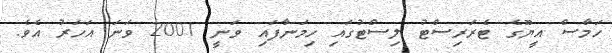
ހަމާސް އީޔޫގެ ޓެރަރިސްޓު ލިސްޓުގައި ހިމަނާފައި ވަނީ 2001 ވަނަ އަހަރު އެވެ.